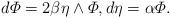
LaTeX: \begin{align*} d\varPhi=2\beta\eta\wedge\varPhi, d\eta=\alpha\varPhi.\end{align*}